Report of an investigation of the epidemic of malarial fever in Assam, or, kala-azar
Disease focus: Malaria
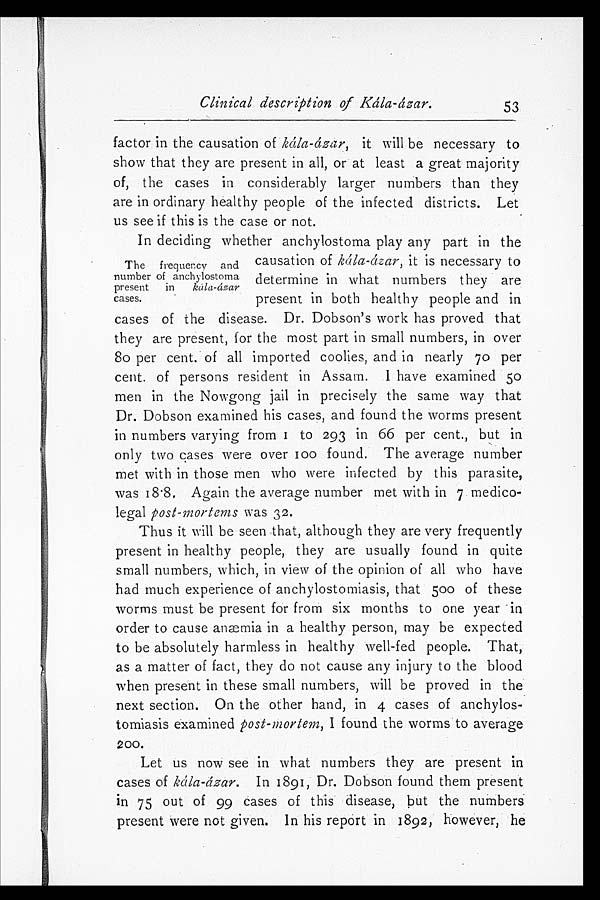
Clinical description of Kála-ázar.
53
factor in the causation of kála-ázar, it will be necessary to
show that they are present in all, or at least a great majority
of, the cases in considerably larger numbers than they
are in ordinary healthy people of the infected districts. Let
us see if this is the case or not.
In deciding whether anchylostoma play any part in the
causation of kála-ázar, it is necessary to
determine in what numbers they are
present in both healthy people and in
cases of the disease. Dr. Dobson's work has proved that
they are present, for the most part in small numbers, in over
80 per cent. of all imported coolies, and in nearly 70 per
cent. of persons resident in Assam. I have examined 50
men in the Nowgong jail in precisely the same way that
Dr. Dobson examined his cases, and found the worms present
in numbers varying from 1 to 293 in 66 per cent., but in
only two cases were over 100 found. The average number
met with in those men who were infected by this parasite,
was 18.8. Again the average number met with in 7 medico-
legal post-mortems was 32.
Thus it will be seen that, although they are very frequently
present in healthy people, they are usually found in quite
small numbers, which, in view of the opinion of all who have
had much experience of anchylostomiasis, that 500 of these
worms must be present for from six months to one year in
order to cause anæmia in a healthy person, may be expected
to be absolutely harmless in healthy well-fed people. That,
as a matter of fact, they do not cause any injury to the blood
when present in these small numbers, will be proved in the
next section. On the other hand, in 4 cases of anchylos
- t o m i a s i s e x a m i n e d
p o s t - m o r t e m ,
I found the worms to average
200.
Let us now see in what numbers they are present in
cases of kála-ázar. In 1891, Dr. Dobson found them present
in 75 out of 99 cases of this disease, but the numbers
present were not given. In his report in 1892, however, he
The frequency and
number of anchylostoma
present in kála-ázar
cases.